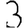
Digit: 3